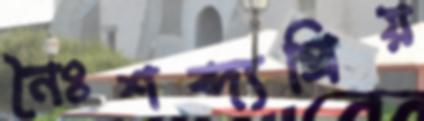
নৈঃশব্দ্যপ্রিয়